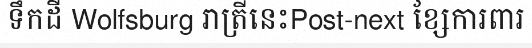
ទឹកដី Wolfsburg រាត្រីនេះPost-next ខ្សែការពារ